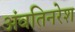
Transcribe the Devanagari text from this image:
अंवतिनरेश